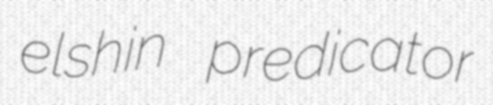
elshin predicator